Scottish Leaving Certificate Examination, 1955
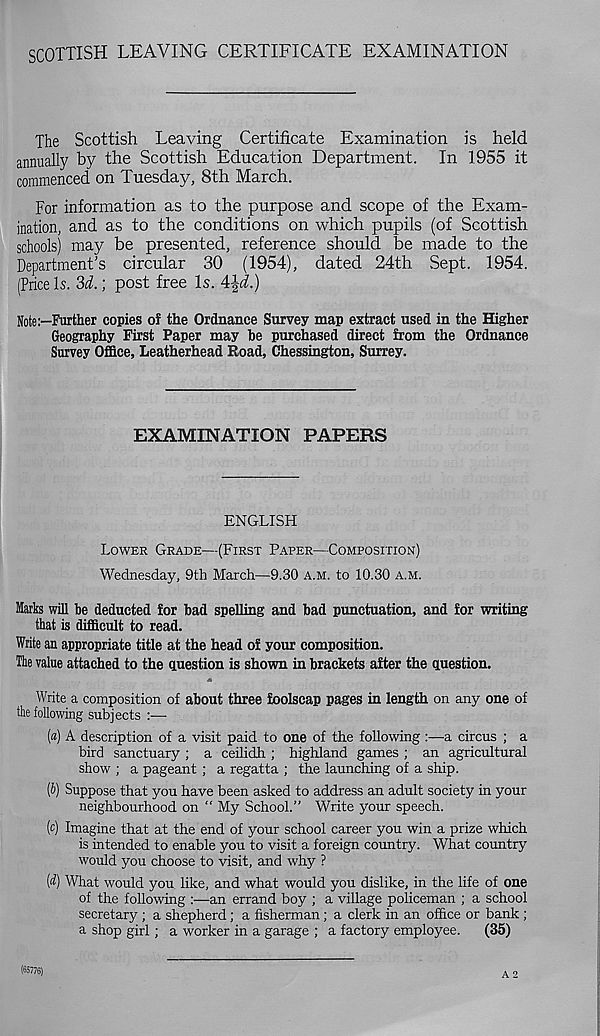
SCOTTISH LEAVING CERTIFICATE EXAMINATION
The Scottish Leaving Certificate Examination is held
annually by the Scottish Education Department. In 1955 it
commenced on Tuesday, 8th March.
For information as to the purpose and scope of the Exam-
ination, and as to the conditions on which pupils (of Scottish
schools) may be presented, reference should be made to the
Department’s circular 30 (1954), dated 24th Sept. 1954.
(Price Is. 3i.; post free Is. 4|i.)
Note:—Further copies of the Ordnance Survey map extract used in the Higher
Geography First Paper may be purchased direct from the Ordnance
Survey Office, Leatherhead Road, Chessington, Surrey.
EXAMINATION PAPERS
ENGLISH
LOWER GRADE—(FIRST PAPER—COMPOSITION)
Wednesday, 9th March—9.30 A.M. to 10.30 A.M.
Marks will be deducted for had spelling and bad punctuation, and for writing
that is difficult to read.
Write an appropriate title at the head of your composition.
Ike value attached to the question is shown in brackets after the question.
Write a composition of about three foolscap pages in length on any one of
the following subjects :—
(«) A description of a visit paid to one of the following :—a circus ; a
bird sanctuary ; a ceilidh ; highland games ; an agricultural
show ; a pageant ; a regatta ; the launching of a ship.
(b) Suppose that you have been asked to address an adult society in your
neighbourhood on “ My School.” Write your speech.
(c) Imagine that at the end of your school career you win a prize which
is intended to enable you to visit a foreign country. What country
would you choose to visit, and why ?
(d) What would you like, and what would you dislike, in the life of one
of the following an errand boy ; a village policeman ; a school
secretary ; a shepherd; a fisherman; a clerk in an office or bank ;
a shop girl; a worker in a garage ; a factory employee.
(35)
A 2
(65776)